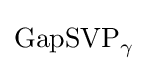
\operatorname {GapSVP} _{\gamma }